Lunatic asylums Punjab 1881-1894 - 1881-1894
Year: 1881
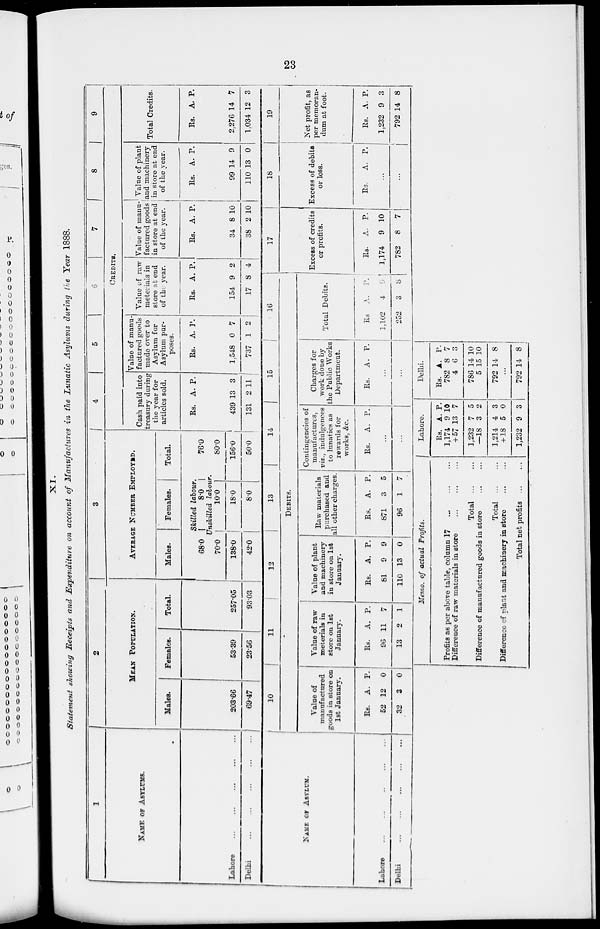
23
XI.
Statement showing Receipts and Expenditure on account of Manufactures in the Lunatic Asylums during the Year 1888.
1
NAME OF ASYLUMS.
Lahore ... ... ... ... ...
Delhi
...
...
...
...
...
2
MEAN POPULATION.
Males.
203.66
69.47
Females.
53.39
23.56
Total.
257.05
93.03
3
AVERAGE NUMBER EMPLOYED.
Males.
Females.
Total.
Skilled
labour.
680
8.0
76.0
Unskilled labour.
70.0
138.0
42.0
10.0
18.0
8.0
80.0
156.0
50.0
4
5
6
7
8
9
CREDITS.
Cash paid into
treasury during
the year for
articles sold.
Rs.
439
131
A.
13
2
P.
3
11
Value of manu-
factured goods
made over to
Asylum for
Asylum pur-
poses.
Rs.
1,548
737
A.
0
1
P.
7
2
Value of raw
materials in
store at end
of the year.
Rs.
154
17
A.
9
8
P.
2
4
Value of manu-
factured goods
in store at end
of the year.
Rs.
34
38
A.
8
2
P.
10
10
Value of plant
and machinery
in store at end
of the year.
Rs.
99
110
A.
14
13
P.
9
0
Total Credits.
Rs.
2,276
1,034
A.
14
12
P.
7
3
NAME OF ASYLUM.
Lahore ... ... ... ... ...
Delhi
...
...
...
...
...
10
11
12
13
14
15
16
DEBITS.
Value of
manufactured
goods in store on
1st January.
Rs.
52
32
A.
12
3
P.
0
0
Value of raw
meterials in
store on let
January.
Rs.
96
13
A.
11
2
P.
7
1
Value of plant
and machinery
in store on 1st
January.
Rs.
81
110
A.
9
13
P.
9
0
Raw materials
purchased and
all other charges.
Rs.
871
96
A.
3
1
P.
5
7
Contingencies of
manufactures,
viz., indulgences
to lunatics as
rewards for
works, &c.
Rs.
A. P.
...
...
Charges for
work done by
the Public Works
Department.
Rs. A. P.
...
...
Total Debits.
Rs
1,102
252
A.
4
3
P.
9
8
17
Excess of credits
or profits.
Rs.
1,174
782
A.
9
8
P.
10
7
18
Excess of debits
or loss.
Rs.
A. P.
...
...
19
Net profit, as
per memoran-
dum at foot.
Rs.
1,232
792
A.
9
14
P.
3
8
Memo. of actual Profits.
Profits as per above table, column 17
...
...
...
Difference of raw materials in store ... ... ...
Total
...
...
Difference of manufactured goods in store
...
...
Total
...
...
Difference of plant and machinery in store
...
...
Total net profits
...
...
Lahore.
Rs.
1,174
+ 57
1,232
—18
1,214
+ 18
1,232
A.
9
13
7
3
4
5
9
P.
10
7
5
2
3
0
3
Delhi.
Rs.
782
4
786
5
792
A.
8
6
14
15
14
P.
7
3
10
10
8
...
792 14
8